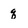
Character: q